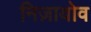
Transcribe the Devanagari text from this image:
निज़ायोव